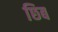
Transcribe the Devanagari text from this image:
छिब